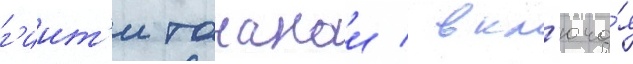
г'иит'и танакои / вкл'юча́я